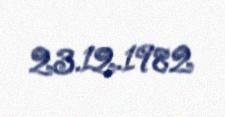
23.12.1982